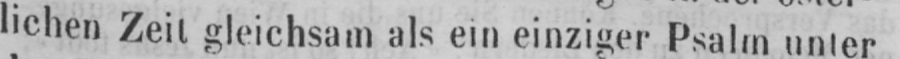
lichen Zeit gleichsam als ein einziger Psalm unter